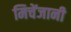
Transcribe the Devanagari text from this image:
मिचेंजानी